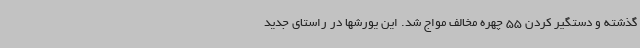
گذشته و دستگیر کردن 55 چهره مخالف مواج شد. این یورشها در راستای جدید